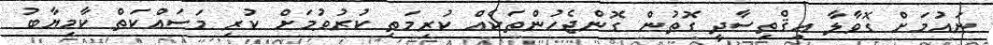
ނައުމަށް ގޮވާލާ އިޤްތިސާދީ ގޮތުން ގޮންޖެހުންތަކެއް ކުރިމަތި ކުރުވުމަށް ކުރި މަސައްކަތް ކާމިޔާބު